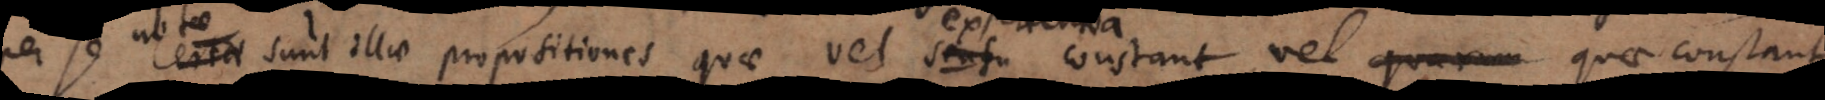
e sunt illae propositiones quae vel sensu constant, vel quae constant